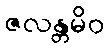
ဇလန္တမိဝ